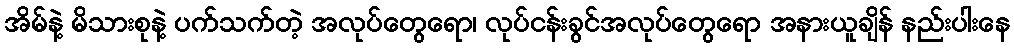
အိမ်နဲ့ မိသားစုနဲ့ ပက်သက်တဲ့ အလုပ်တွေရော၊ လုပ်ငန်းခွင်အလုပ်တွေရော အနားယူချိန် နည်းပါးနေ